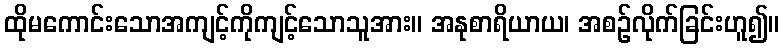
ထိုမကောင်းသောအကျင့်ကိုကျင့်သောသူအား။ အနုစာရိယာယ၊ အစဉ်လိုက်ခြင်းဟူ၍။